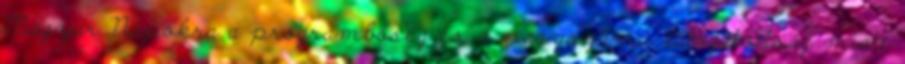
Magyar Napokra a programbőség és a nagyszámú látogatottság miatt